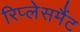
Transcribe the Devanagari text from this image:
रिप्लेसमैंट